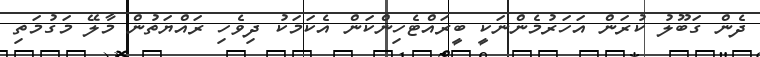
ދެން ގަބޫލު ކުރަން އަހަރުމެންނަކީ ބީރައްޓެހިންކަން އެކަމަކު ދިވެހި ރައްޔަތުން މާލޭ މަގުމަތި